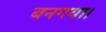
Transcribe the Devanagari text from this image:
बनगया।